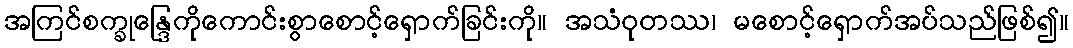
အကြင်စက္ခုန္ဒြေကိုကောင်းစွာစောင့်ရှောက်ခြင်းကို။ အသံဝုတဿ၊ မစောင့်ရှောက်အပ်သည်ဖြစ်၍။